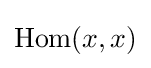
\operatorname {Hom} (x,x)